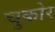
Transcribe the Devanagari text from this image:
चुकोर